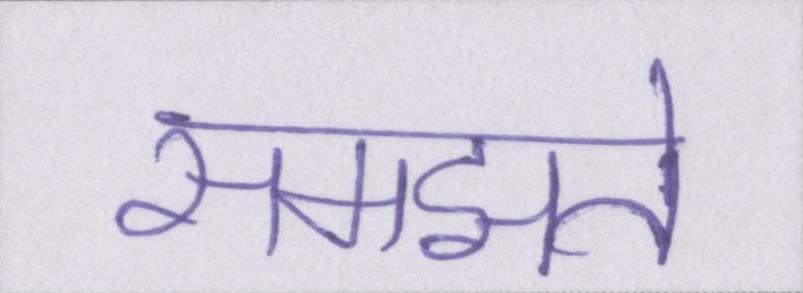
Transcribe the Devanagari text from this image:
समझते